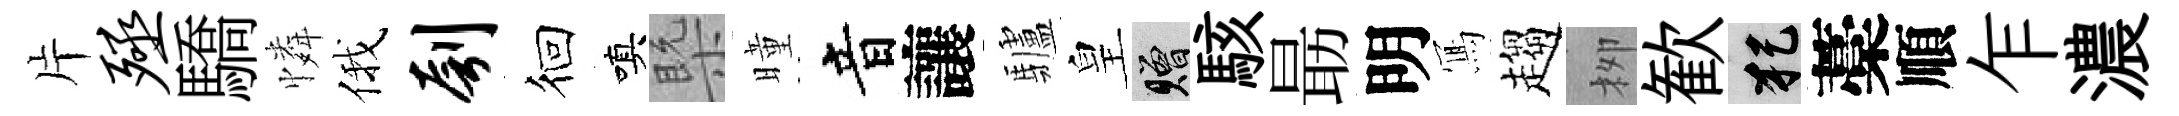
片殛驕憐俄刳徊嗔槩曈音讓驢皇贈駭朂明𭂁趨栁歓犯藁順乍濃